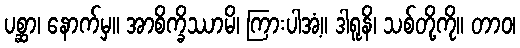
ပစ္ဆာ၊ နောက်မှ။ အာစိက္ခိဿာမိ၊ ကြားပါအံ့။ ဒါရူနိ၊ သစ်တို့ကို။ တာဝ၊